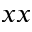
x x